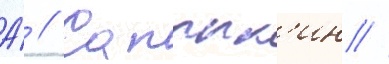
А́ // Сапрык'ин //